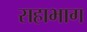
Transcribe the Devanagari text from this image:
सहाभाग